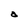
Character: a